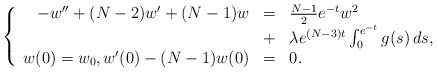
\begin{align*}\left\{ \begin{array}{rcl}-w'' + (N-2)w' + (N-1)w &=& \frac{N-1}{2} e^{-t} w^2 \\&+& \lambda e^{(N-3)t} \int_0^{e^{-t}} g(s) \, ds, \\w(0)=w_0, w'(0)-(N-1)w(0) &=& 0.\end{array}\right.\end{align*}